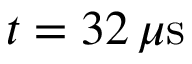
t = 3 2 \, \mu \mathrm { s }